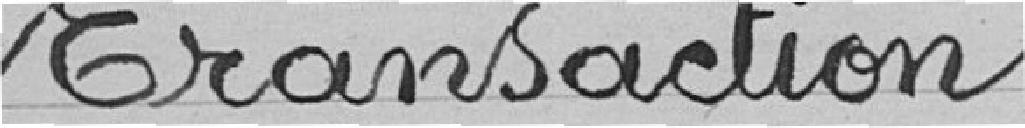
Transaction